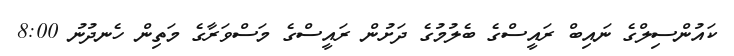
ކައުންސިލްގެ ނައިބް ރައީސްގެ ބެލުމުގެ ދަށުން ރައީސްގެ މަސްވަރާގެ މަތިން ހެނދުނު 8:00